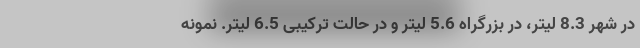
در شهر 8.3 لیتر، در بزرگراه 5.6 لیتر و در حالت ترکیبی 6.5 لیتر. نمونه